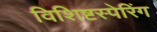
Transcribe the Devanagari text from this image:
विशिष्टस्पेरिंग